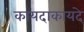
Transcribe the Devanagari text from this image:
कायदाकायदे